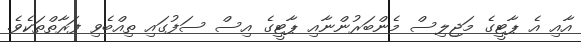
އާއި އެ ޕާޓީގެ މަޖިލިސް މެންބަރުންނާއި ޕާޓީގެ އިސް ސަފުގައި ތިއްބެވި ފަރާތްތަކެވެ.